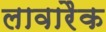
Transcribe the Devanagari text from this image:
लावारैक